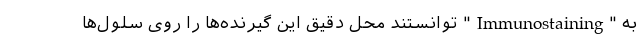
به "Immunostaining" توانستند محل دقیق این گیرنده‌ها را روی سلول‌ها